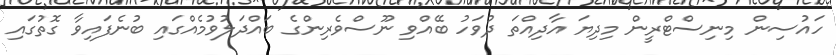
ހައުސިން މިނިސްޓްރީން މިދިޔަ އާދިއްތަ ދުވަހު ބޭއްވި ނޫސްވެރިންގެ ބައްދަލުވުމެއްގައި ބުނެފައިވާ ގޮތުގައި